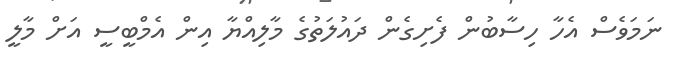
ނަމަވެސް އެހާ ހިސާބުން ފެށިގެން ދައުލަތުގެ މާލިއްޔާ އިން އެމްބީސީ އަށް މާލީ